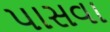
પાસવા